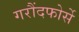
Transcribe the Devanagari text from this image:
गरौंदफोर्से